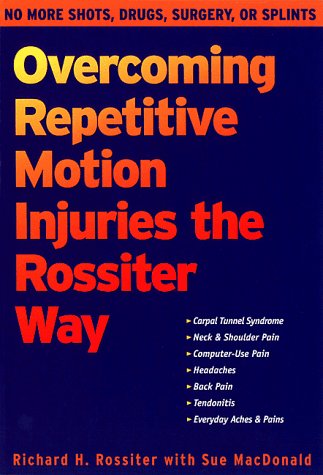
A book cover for Overcoming Repetitive Motion Injuries the Rossiter Way; Richard Rossiter; Health, Fitness & Dieting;